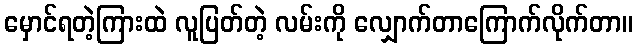
မှောင်ရတဲ့ကြားထဲ လူပြတ်တဲ့ လမ်းကို လျှောက်တာကြောက်လိုက်တာ။